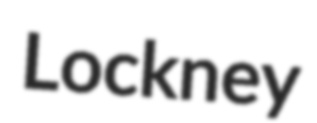
Lockney